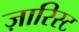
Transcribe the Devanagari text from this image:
ज़ारिस्ट